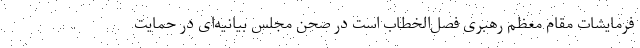
فرمایشات مقام معظم رهبری فصل‌الخطاب است در صحن مجلس بیانیه‌ای در حمایت